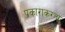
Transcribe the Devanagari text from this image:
प्रकाराकरता